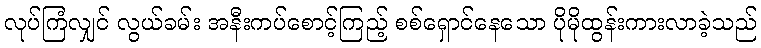
လုပ်ကြံလျှင် လွယ်ခမ်း အနီးကပ်စောင့်ကြည့် စစ်ရှောင်နေသော ပိုမိုထွန်းကားလာခဲ့သည်